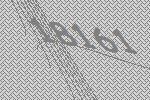
18161